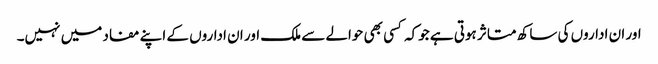
اور ان اداروں کی ساکھ متاثر ہوتی ہے جوکہ کسی بھی حوالے سے ملک اور ان اداروں کے اپنے مفاد میں نہیں۔